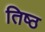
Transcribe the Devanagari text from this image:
तिष्ठ